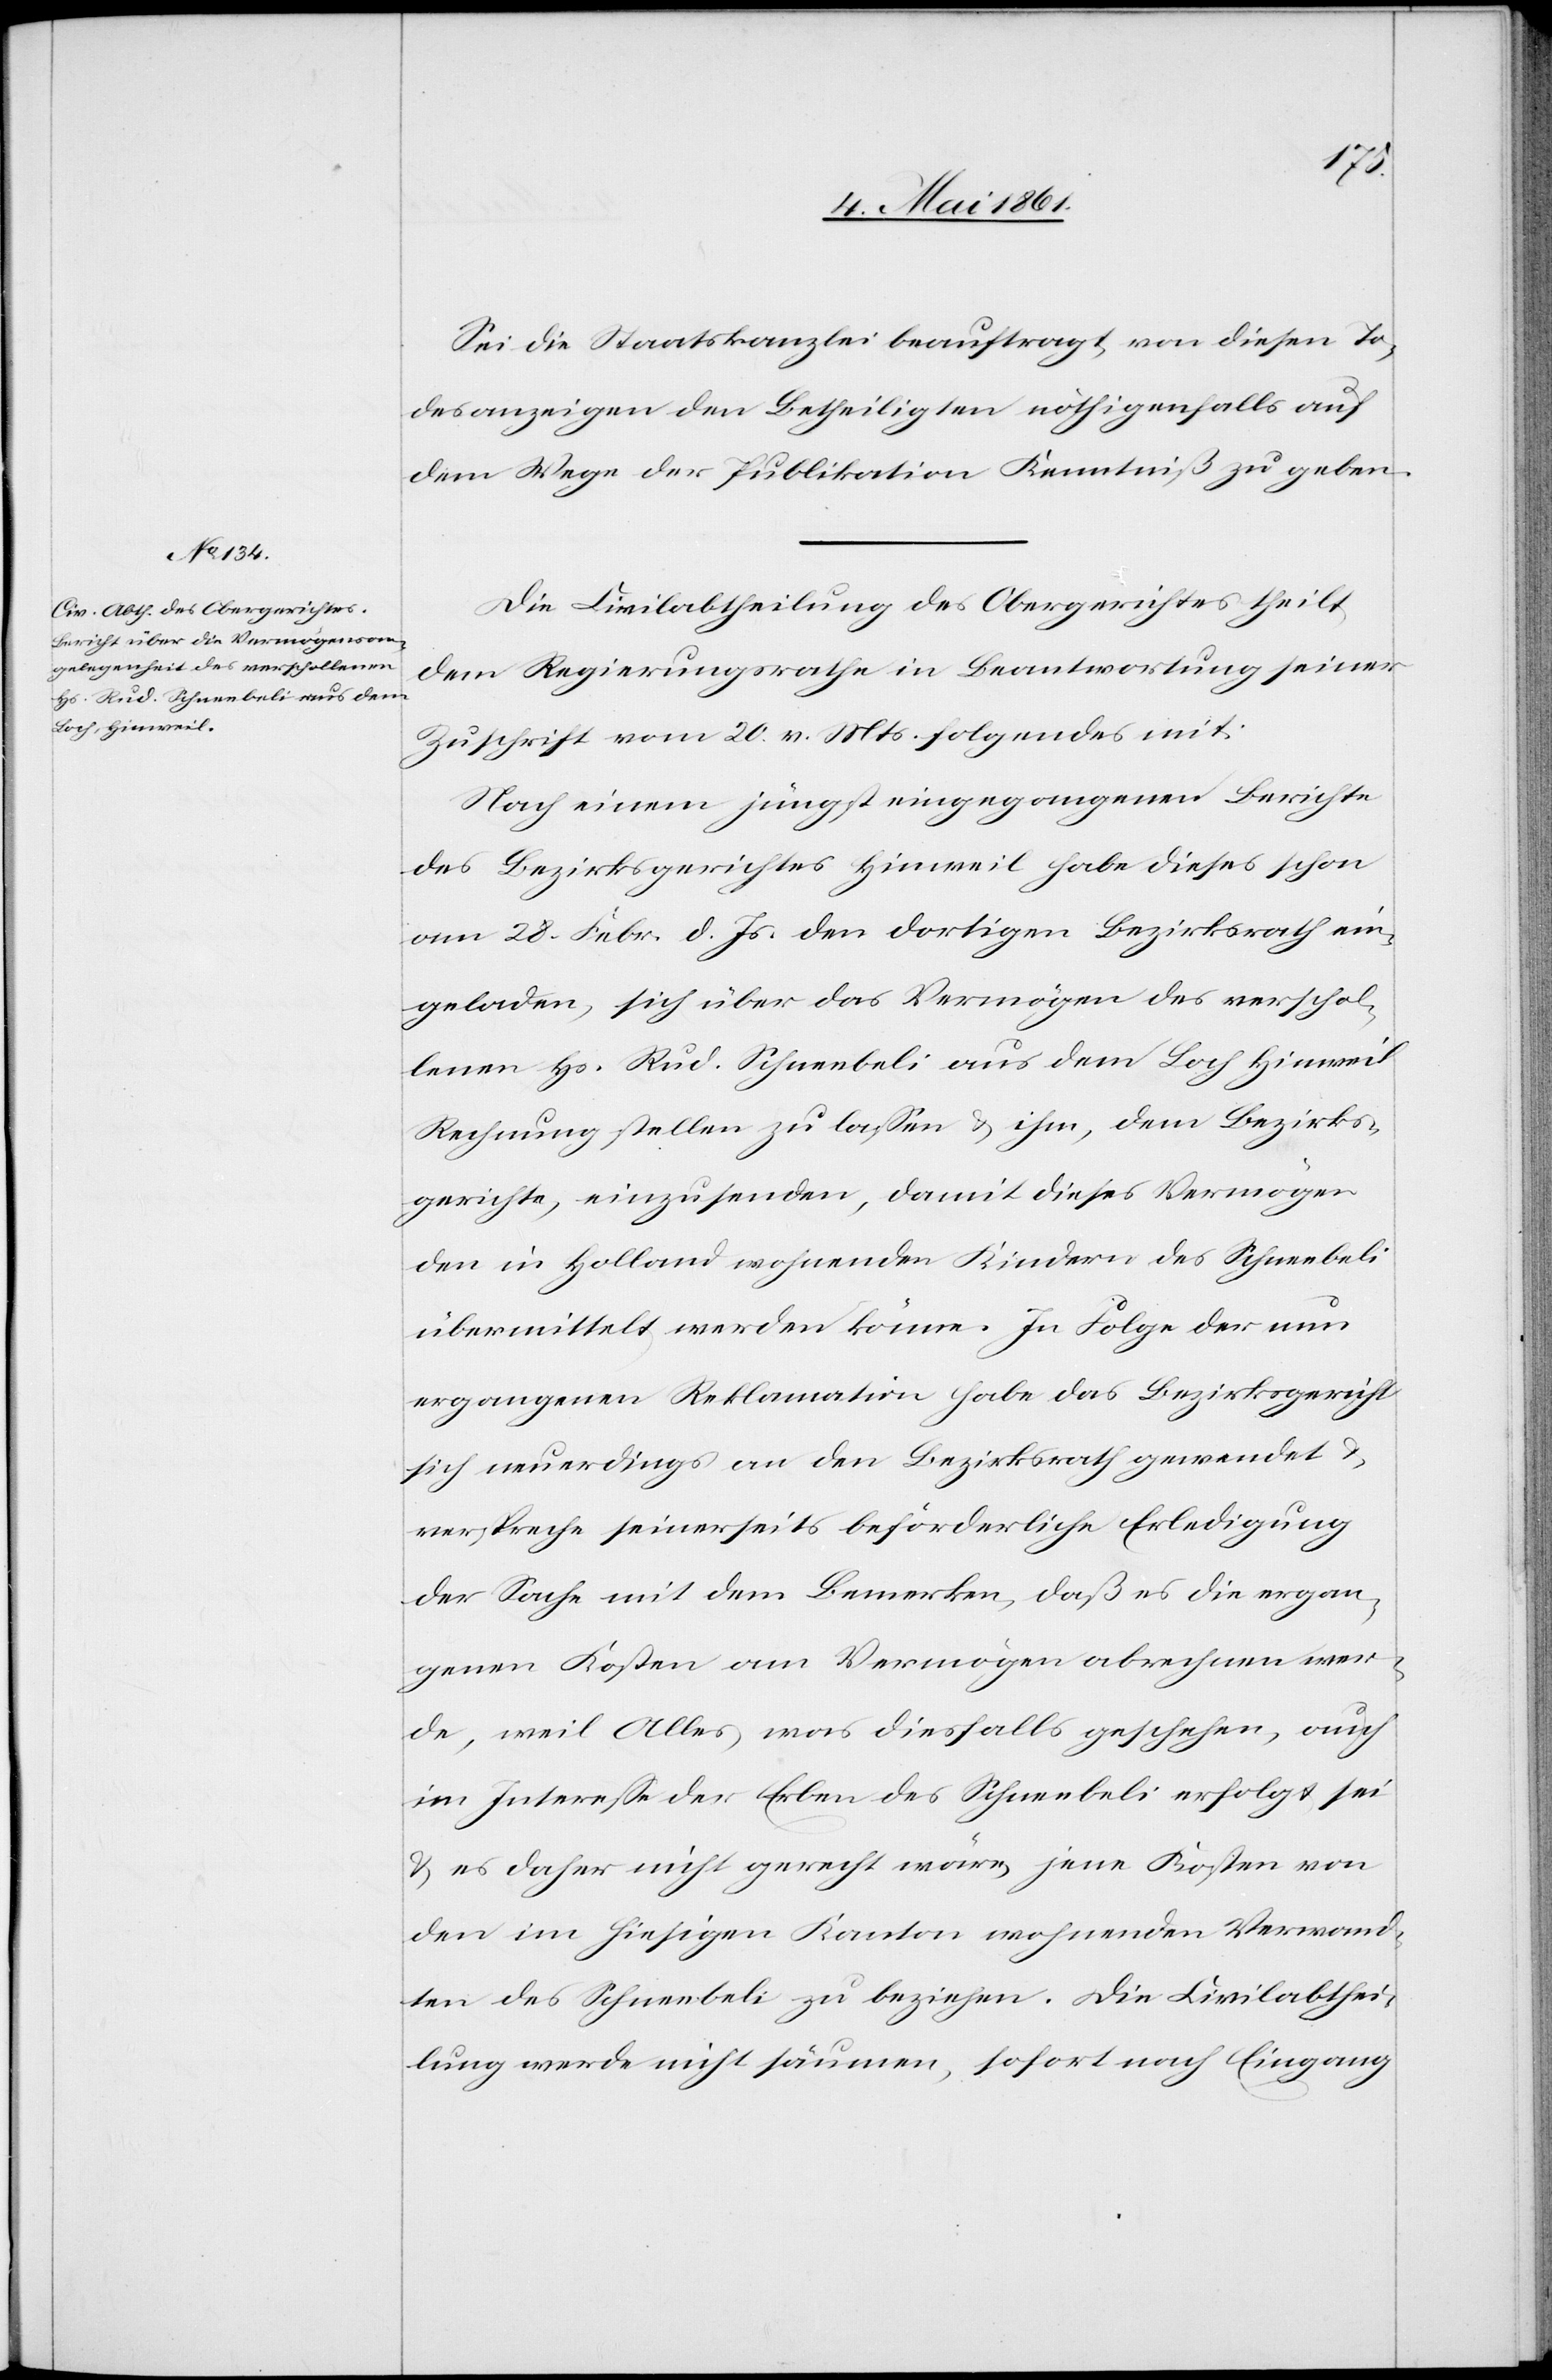
Sei die Staatskanzlei beauftragt, von diesen To¬
desanzeigen den Betheiligten nöthigenfalls auf
dem Wege der Publikation Kenntniß zu geben.
Die Civilabtheilung des Obergerichtes theilt
dem Regierungsrathe in Beantwortung seiner
Zuschrift vom 20. v. Mts. folgendes mit:
Nach einem jüngst eingegangenen Berichte
des Bezirksgerichtes Hinweil habe dieses schon
am 28. Febr. d. Js. den dortigen Bezirksrath ein¬
geladen, sich über das Vermögen des verschol¬
lenen Hs. Rud. Schneebeli aus dem Loch Hinweil
Rechnung stellen zu lassen u. ihm, dem Bezirks¬
gerichte, einzusenden, damit dieses Vermögen
den in Holland wohnenden Kindern des Schneebeli
übermittelt werden könne. In Folge der nun
ergangenen Reklamation habe das Bezirksgericht
sich neuerdings an den Bezirksrath gewendet u.
verspreche seinerseits beförderliche Erledigung
der Sache mit dem Bemerken, daß es die ergan¬
genen Kosten am Vermögen abrechnen wer¬
de, weil Alles, was diesfalls geschehen, auch
im Interesse der Erben des Schneebeli erfolgt sei
u. es daher nicht gerecht wäre, jene Kosten von
den im hiesigen Kanton wohnenden Verwand¬
ten des Schneebeli zu beziehen. Die Civilabthei¬
lung werde nicht säumen, sofort nach Eingang